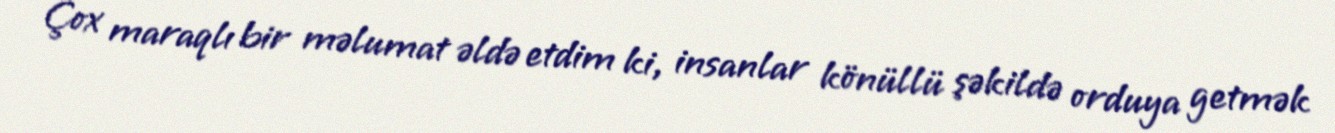
Çox maraqlı bir məlumat əldə etdim ki, insanlar könüllü şəkildə orduya getmək